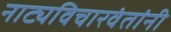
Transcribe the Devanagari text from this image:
नाट्यविचारवंतांनी